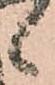
候